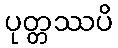
ပုတ္တဿပိ